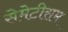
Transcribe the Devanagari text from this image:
सेमेटीसम